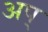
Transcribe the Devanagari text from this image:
अप्‌